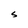
Character: S